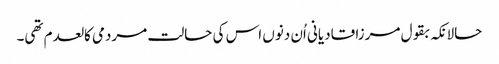
حالانکہ بقول مرزا قادیانی اُن دنوں اس کی حالت مردمی کالعدم تھی۔